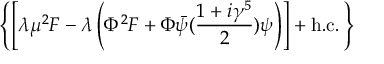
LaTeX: \left\{ \left[ \lambda \mu ^ { 2 } F - \lambda \left( \Phi ^ { 2 } F + \Phi \bar { \psi } ( { \frac { 1 + i \gamma ^ { 5 } } { 2 } } ) \psi \right) \right] + \mathrm { h . c . } \, \right\}